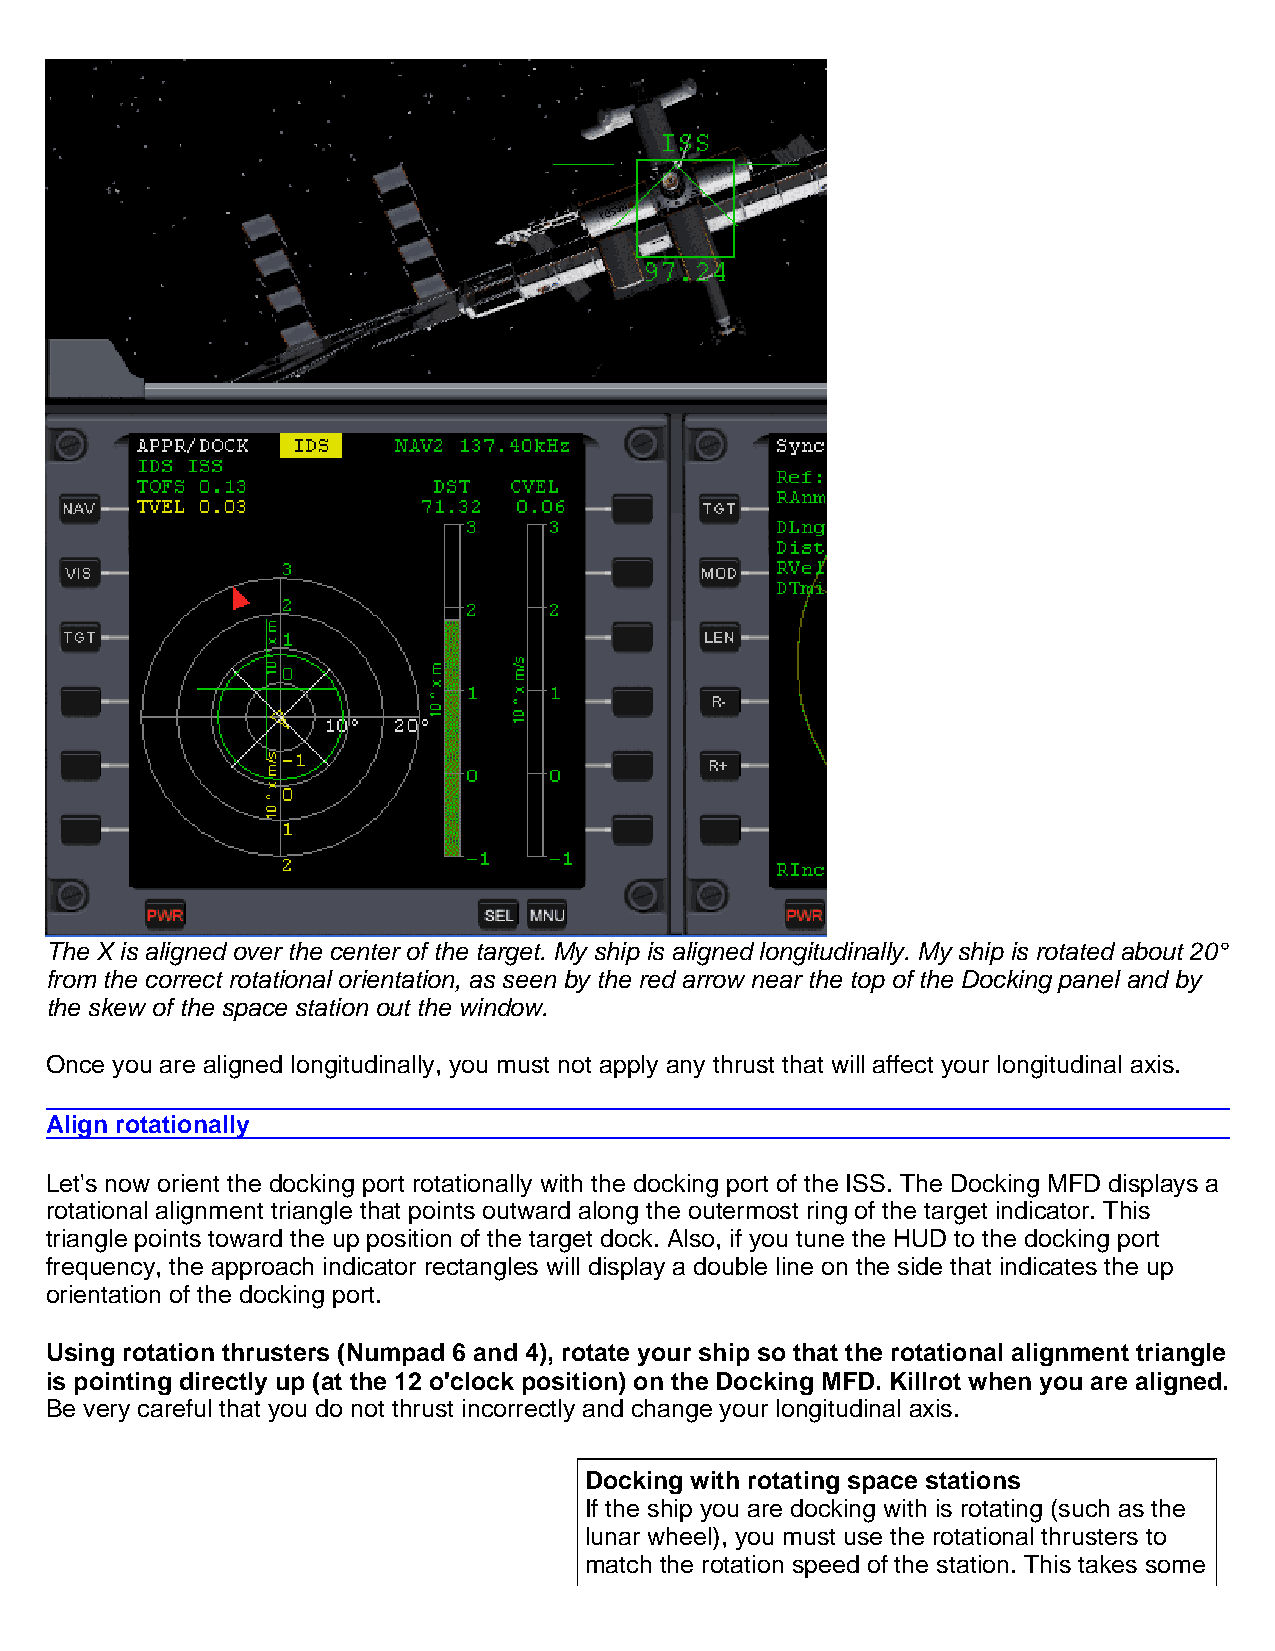
The X is aligned over the center of the target. My ship is aligned longitudinally. My ship is rotated about 20°
 from the correct rotational orientation, as seen by the red arrow near the top of the Docking panel and by
 the skew of the space station out the window.
 Once you are aligned longitudinally, you must not apply any thrust that will affect your longitudinal axis.
 Align rotationally
 Let's now orient the docking port rotationally with the docking port of the ISS. The Docking MFD displays a
 rotational alignment triangle that points outward along the outermost ring of the target indicator. This
 triangle points toward the up position of the target dock. Also, if you tune the HUD to the docking port
 frequency, the approach indicator rectangles will display a double line on the side that indicates the up
 orientation of the docking port.
 Using rotation thrusters (Numpad 6 and 4), rotate your ship so that the rotational alignment triangle
 is pointing directly up (at the 12 o'clock position) on the Docking MFD. Killrot when you are aligned.
 Be very careful that you do not thrust incorrectly and change your longitudinal axis.
 Docking with rotating space stations
 If the ship you are docking with is rotating (such as the
 lunar wheel), you must use the rotational thrusters to
 match the rotation speed of the station. This takes some